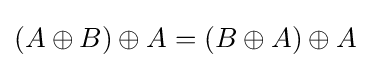
(A\oplus B)\oplus A=(B\oplus A)\oplus A